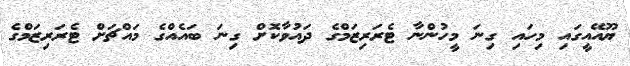
ޔޫއޭއީގައި މިހައި ގިނަ މީހުންނާ ޓެރަރިޒަމްގެ ދައުވާކޮށް ގިނަ ބައެއްގެ މައްޗަށް ޓެރަރިޒަމްގެ